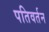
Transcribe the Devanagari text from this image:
पतिवर्तन